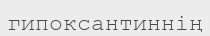
гипоксантиннің